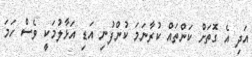
އަދި އެ ގޮތަށް ކަންތައް ކުރާނަމަ ކުންފުނި އަޑި އަޅާލުމަކީ ވެސް ހަމަ